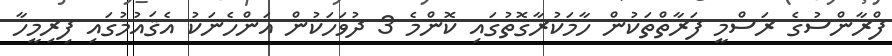
ފްރާންސުގެ ރަސްމީ ފަރާތްތަކުން ހާމަކުރާގޮތުގައި ކޮންމެ 3 ދުވަހަކުން އަންހެނަކު އެޤައުމުގައި ފިރިމީހާ